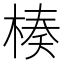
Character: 楱